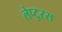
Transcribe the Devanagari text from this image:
लेप्टुरस